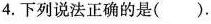
4.下列说法正确的是( )。